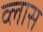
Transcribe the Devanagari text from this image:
व्लास